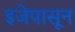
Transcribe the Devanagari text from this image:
इजेपासून